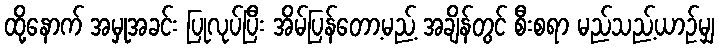
ထို့နောက် အမှုအခင်း ပြုလုပ်ပြီး အိမ်ပြန်တော့မည့် အချိန်တွင် စီးစရာ မည်သည့်ယာဉ်မျှ